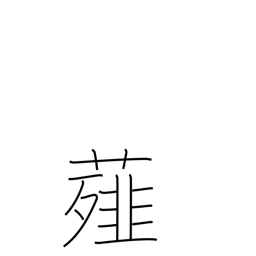
Meaning: scallion